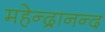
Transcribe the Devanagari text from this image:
महेन्द्रानन्द